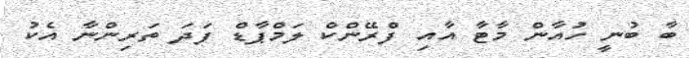
ބާ ބުނީ ހުއާން މާޓާ އާއި ފްރޭންކް ލަމްޕާޑް ފަދަ ތަރިންނާ އެކު